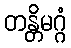
တန္တိမဂ္ဂံ